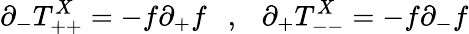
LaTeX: \partial_{-}T_{++}^{X}=-f\partial_{+}f\ \ \ ,\ \ \ \partial_{+}T_{--}^{X}=-f\partial_{-}f